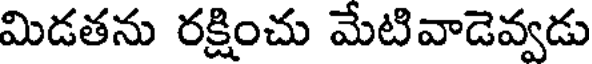
మిడతను రక్షించు మేటివాడెవ్వడు